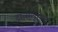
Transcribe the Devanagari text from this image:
ट्रान्सलुसेन्ट